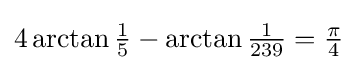
{\textstyle 4\arctan {\frac {1}{5}}-\arctan {\frac {1}{239}}={\frac {\pi }{4}}}